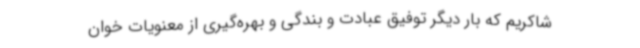
شاکریم که بار دیگر توفیق عبادت و بندگی و بهره‌گیری از معنویات خوان